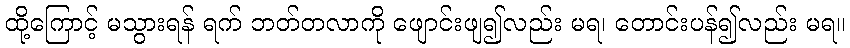
ထို့ကြောင့် မသွားရန် ရက် ဘတ်တလာကို ဖျောင်းဖျ၍လည်း မရ၊ တောင်းပန်၍လည်း မရ။